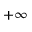
+ \infty